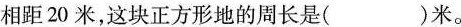
相距20米，这块正方形地的周长是( )米。